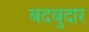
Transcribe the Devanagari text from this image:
बदबुदार